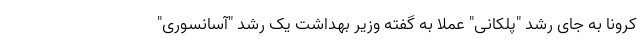
کرونا به جای رشد "پلکانی" عملا به گفته وزیر بهداشت یک رشد "آسانسوری"